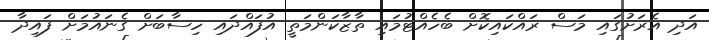
އަދި އެރަށުގައި މަސް ރައްކައިކޮށް ބެހެއްޓުމައި ތާޒާކަންމަތީ އުފައްދައި ހިސާބަށް ގެނައުމަށް ފައިދާ